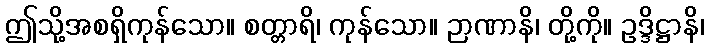
ဤသို့အစရှိကုန်သော။ စတ္တာရိ၊ ကုန်သော။ ဉာဏာနိ၊ တို့ကို။ ဥဒ္ဒိဋ္ဌာနိ၊